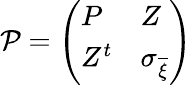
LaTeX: \mathcal{P}=\left(\begin{array}{ll}{P}&{Z}\\ {Z^{t}}&{\sigma_{\overline{{\xi}}}}\end{array}\right)